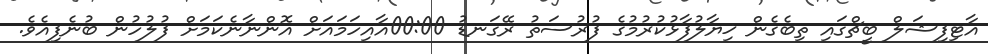
އާޓިފިޝަލް ބީޗްގައި ތިބެގެން ޚިޔާލުފާޅުކުރުމުގެ ފުރުސަތު ރޭގަނޑު 00:00އާއިހަމައަށް އޮންނާނެކަމަށް ފުލުހުން ބުނެފިއެވެ.